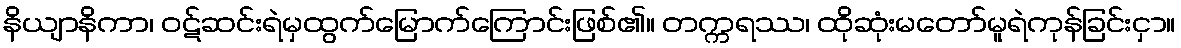
နိယျာနိကာ၊ ဝဋ်ဆင်းရဲမှထွက်မြောက်ကြောင်းဖြစ်၏။ တက္ကရဿ၊ ထိုဆုံးမတော်မူရဲကုန်ခြင်းငှာ။